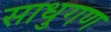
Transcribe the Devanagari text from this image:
साधुगण